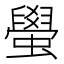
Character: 𬠰